Civil Veterinary Department. United Provinces 1932-42 - 1932-1942
Year: 1932
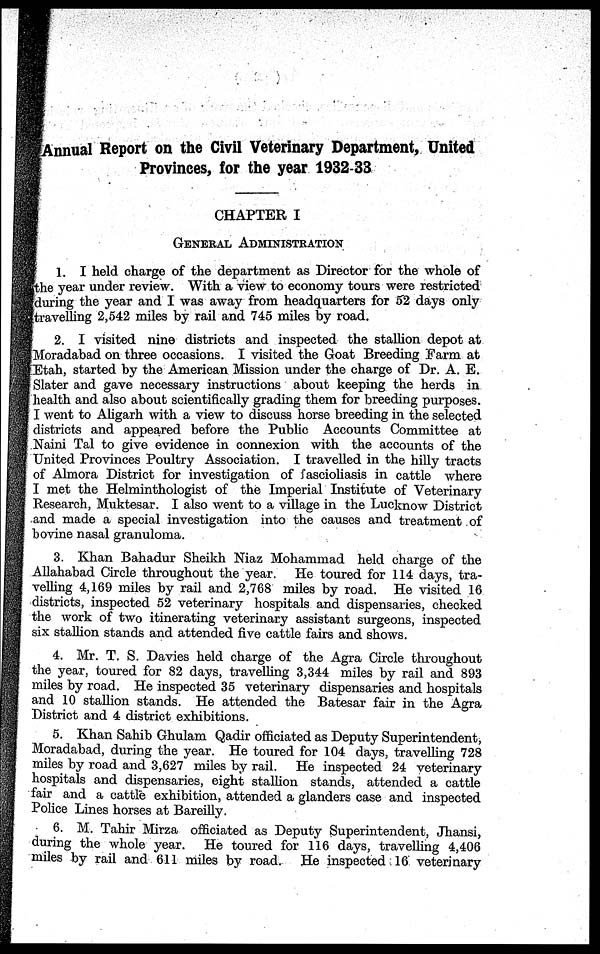
Annual Report on the Civil Veterinary Department, United
Provinces, for the year 1932-33
CHAPTER I
GENERAL ADMINISTRATION
1. I held charge of the department as Director for the whole of
the year under review. With a view to economy tours were restricted
during the year and I was away from headquarters for 52 days only
travelling 2,542 miles by rail and 745 miles by road.
2. I visited nine districts and inspected the stallion depot at
Moradabad on three occasions. I visited the Goat Breeding Farm at
Etah, started by the American Mission under the charge of Dr. A. E.
Slater and gave necessary instructions about keeping the herds in
health and also about scientifically grading them for breeding purposes.
I went to Aligarh with a view to discuss horse breeding in the selected
districts and appeared before the Public Accounts Committee at
Naini Tal to give evidence in connexion with the accounts of the
United Provinces Poultry Association. I travelled in the hilly tracts
of Almora District for investigation of fascioliasis in cattle where
I met the Helminthologist of the Imperial Institute of Veterinary
Research, Muktesar. I also went to a village in the Lucknow District
and made a special investigation into the causes and treatment of
bovine nasal granuloma.
3. Khan Bahadur Sheikh Niaz Mohammad held charge of the
Allahabad Circle throughout the year. He toured for 114 days, tra-
velling 4,169 miles by rail and 2,768 miles by road. He visited 16
districts, inspected 52 veterinary hospitals and dispensaries, checked
the work of two itinerating veterinary assistant surgeons, inspected
six stallion stands and attended five cattle fairs and shows.
4. Mr. T. S. Davies held charge of the Agra Circle throughout
the year, toured for 82 days, travelling 3,344 miles by rail and 893
miles by road. He inspected 35 veterinary dispensaries and hospitals
and 10 stallion stands. He attended the Batesar fair in the Agra
District and 4 district exhibitions.
5. Khan Sahib Ghulam Qadir officiated as Deputy Superintendent,
Moradabad, during the year. He toured for 104 days, travelling 728
miles by road and 3,627 miles by rail. He inspected 24 veterinary
hospitals and dispensaries, eight stallion stands, attended a cattle
fair and a cattle exhibition, attended a glanders case and inspected
Police Lines horses at Bareilly.
6. M. Tahir Mirza officiated as Deputy Superintendent, Jhansi,
during the whole year.
He toured for 116 days, travelling 4,406
miles by rail and 611 miles by road. He inspected 16 veterinary